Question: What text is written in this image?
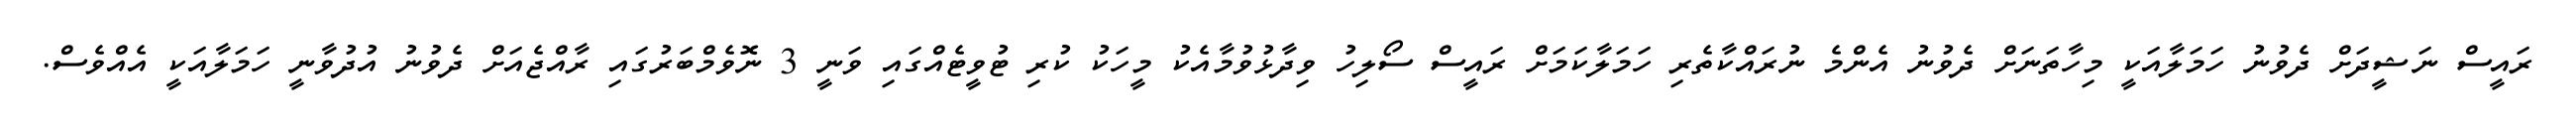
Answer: ރައީސް ނަޝީދަށް ދެވުނު ހަމަލާއަކީ މިހާތަނަށް ދެވުނު އެންމެ ނުރައްކާތެރި ހަމަލާކަމަށް ރައީސް ސޯލިހު ވިދާޅުވުމާއެކު މީހަކު ކުރި ޓުވީޓެއްގައި ވަނީ 3 ނޮވެމްބަރުގައި ރާއްޖެއަށް ދެވުނު އުދުވާނީ ހަމަލާއަކީ އެއްވެސް.